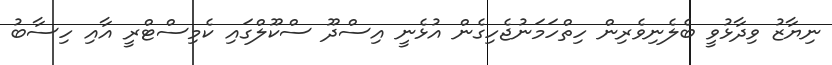
ނިޔާޒު ވިދާޅުވީ ބެލެނިވެރިން ހިތްހަމަނުޖެހިގެން އުޅެނީ އިސްދޫ ސްކޫލްގައި ކެމިސްޓްރީ އާއި ހިސާބު